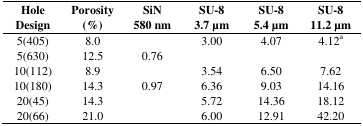
<table><thead><tr><td><b>Hole Design</b></td><td><b>Porosity (%)</b></td><td><b>SiN 580 nm</b></td><td><b>SU-8 3.7 μm</b></td><td><b>SU-8 5.4 μm</b></td><td><b>SU-8 11.2 μm</b></td></tr></thead><tbody><tr><td>5(405)</td><td>8.0</td><td></td><td>3.00</td><td>4.07</td><td>4.12<sup>a</sup></td></tr><tr><td>5(630)</td><td>12.5</td><td>0.76</td><td></td><td></td><td></td></tr><tr><td>10(112)</td><td>8.9</td><td></td><td>3.54</td><td>6.50</td><td>7.62</td></tr><tr><td>10(180)</td><td>14.3</td><td>0.97</td><td>6.36</td><td>9.03</td><td>14.16</td></tr><tr><td>20(45)</td><td>14.3</td><td></td><td>5.72</td><td>14.36</td><td>18.12</td></tr><tr><td>20(66)</td><td>21.0</td><td></td><td>6.00</td><td>12.91</td><td>42.20</td></tr></tbody></table>